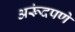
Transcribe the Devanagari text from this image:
अरूंदपणे